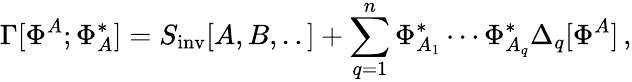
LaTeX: \Gamma[\Phi^{A};\Phi_{A}^{*}]=S_{\mathrm{inv}}[A,B,..]+\sum_{q=1}^{n}\Phi_{A_{1}}^{*}\cdots\Phi_{A_{q}}^{*}\Delta_{q}[\Phi^{A}]\, ,